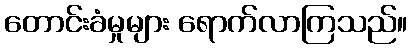
တောင်းခံမှုများ ရောက်လာကြသည်။